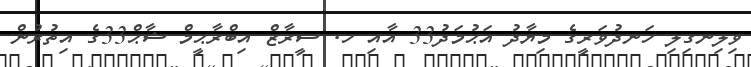
ވިލިނގިލި ހަނދުވަރީގެ މިޔާދު އަޙުމަދު33 އާއި ހ. ސީރާޒް އިބްރާޙީމް ޝާޙް33ގެ އިތުރުން